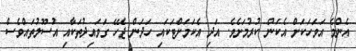
އެންމެ އަވަހަކަށް އެކަން ކުރުމަށެވެ. އަދި އެކަމަށްޓަކައި ހަދަން ޖެހޭ ގަވައިދުތަކާއި އުސޫލުތައްވެސް